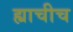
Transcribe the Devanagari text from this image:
ह्याचीच